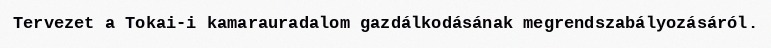
Tervezet a Tokai-i kamarauradalom gazdálkodásának megrendszabályozásáról.